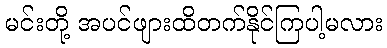
မင်းတို့ အပင်ဖျားထိတက်နိုင်ကြပါ့မလား